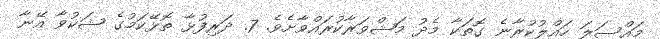
މައްސަލަ ހައްލުކުރާނެ ގޮތަކާ މެދު މަޝްވަރާކުރައްވާށެވެ. 7. ދަރިފުޅާ ތޮޅޭކަމުގެ ޝަކުވާ އޭނާ